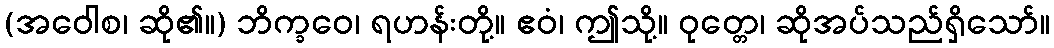
(အဝေါစ၊ ဆို၏။) ဘိက္ခဝေ၊ ရဟန်းတို့။ ဧဝံ၊ ဤသို့။ ဝုတ္တေ၊ ဆိုအပ်သည်ရှိသော်။